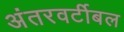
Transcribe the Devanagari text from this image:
अंतरवर्टीबल